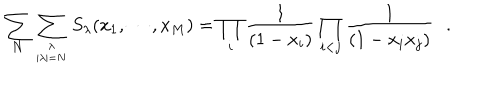
\sum _ { N } \sum _ { \lambda \atop { | \lambda | = N } } S _ { \lambda } ( x _ { 1 } , \cdots , x _ { M } ) = \prod _ { i } { \frac { 1 } { ( 1 - x _ { i } ) } } \prod _ { i < j } { \frac { 1 } { ( 1 - x _ { i } x _ { j } ) } } \, \, \, \, .